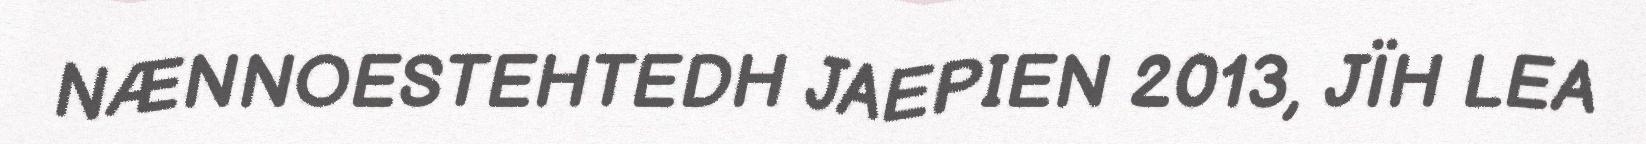
NÆNNOESTEHTEDH JAEPIEN 2013, JÏH LEA